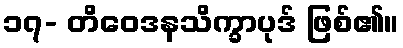
၁၇- တိဝေဒနသိက္ခာပုဒ် ဖြစ်၏။